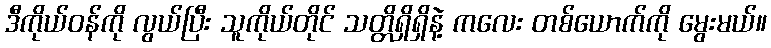
ဒီကိုယ်ဝန်ကို လွယ်ပြီး သူကိုယ်တိုင် သတ္တိရှိရှိနဲ့ ကလေး တစ်ယောက်ကို မွေးမယ်။